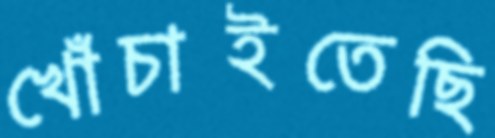
খোঁচাইতেছি